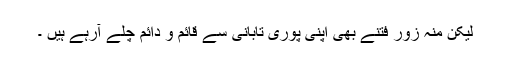
لیکن منہ زور فتنے بھی اپنی پوری تابانی سے قائم و دائم چلے آرہے ہیں ۔